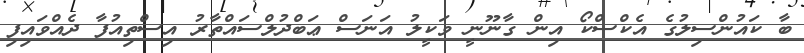
ބާ ކައުންސިލުގެ އެކްސްކޯ އިން ގާނޫނީ ވަކީލު އަނަސް ޢަބްދުލްސައްތާރު އިސްތިއުފާ ދެއްވައިފި